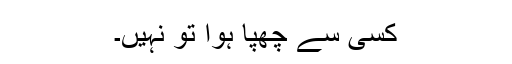
کسی سے چھپا ہوا تو نہیں۔